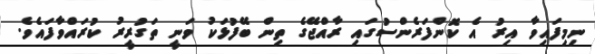
ނިމިފައިވާ އިރު އެ ކޮންފަރެންސުގައި ރާއްޖޭގެ ތިން ބޭފުޅަކު ވަނީ ތަގުރީރު ކުރައްވާފައެވެ.